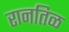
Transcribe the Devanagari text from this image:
रानतिळ